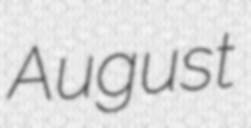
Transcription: August